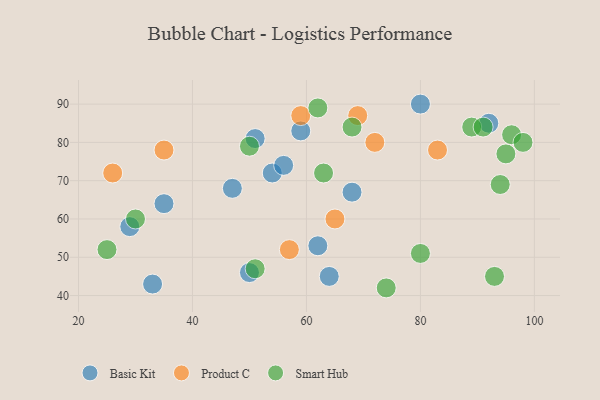
{"axis": {"x": "GDP", "y": "Life Expectancy"}, "legend": ["Basic Kit", "Product C", "Smart Hub"], "data": [{"x": "92", "y": 85, "type": "Basic Kit"}, {"x": "50", "y": 46, "type": "Basic Kit"}, {"x": "59", "y": 83, "type": "Basic Kit"}, {"x": "47", "y": 68, "type": "Basic Kit"}, {"x": "33", "y": 43, "type": "Basic Kit"}, {"x": "64", "y": 45, "type": "Basic Kit"}, {"x": "80", "y": 90, "type": "Basic Kit"}, {"x": "51", "y": 81, "type": "Basic Kit"}, {"x": "62", "y": 53, "type": "Basic Kit"}, {"x": "29", "y": 58, "type": "Basic Kit"}, {"x": "54", "y": 72, "type": "Basic Kit"}, {"x": "56", "y": 74, "type": "Basic Kit"}, {"x": "68", "y": 67, "type": "Basic Kit"}, {"x": "35", "y": 64, "type": "Basic Kit"}, {"x": "57", "y": 52, "type": "Product C"}, {"x": "69", "y": 87, "type": "Product C"}, {"x": "83", "y": 78, "type": "Product C"}, {"x": "72", "y": 80, "type": "Product C"}, {"x": "65", "y": 60, "type": "Product C"}, {"x": "26", "y": 72, "type": "Product C"}, {"x": "59", "y": 87, "type": "Product C"}, {"x": "35", "y": 78, "type": "Product C"}, {"x": "51", "y": 47, "type": "Smart Hub"}, {"x": "94", "y": 69, "type": "Smart Hub"}, {"x": "93", "y": 45, "type": "Smart Hub"}, {"x": "89", "y": 84, "type": "Smart Hub"}, {"x": "25", "y": 52, "type": "Smart Hub"}, {"x": "96", "y": 82, "type": "Smart Hub"}, {"x": "63", "y": 72, "type": "Smart Hub"}, {"x": "50", "y": 79, "type": "Smart Hub"}, {"x": "62", "y": 89, "type": "Smart Hub"}, {"x": "95", "y": 77, "type": "Smart Hub"}, {"x": "80", "y": 51, "type": "Smart Hub"}, {"x": "30", "y": 60, "type": "Smart Hub"}, {"x": "98", "y": 80, "type": "Smart Hub"}, {"x": "68", "y": 84, "type": "Smart Hub"}, {"x": "91", "y": 84, "type": "Smart Hub"}, {"x": "74", "y": 42, "type": "Smart Hub"}]}